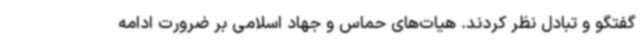
گفتگو و تبادل نظر کردند. هیات‌های حماس و جهاد اسلامی بر ضرورت ادامه